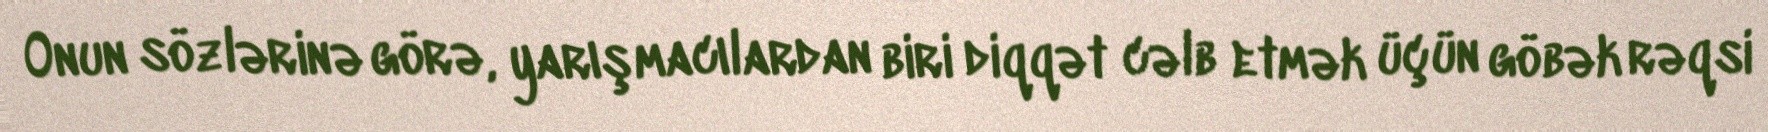
Onun sözlərinə görə, yarışmacılardan biri diqqət cəlb etmək üçün göbək rəqsi